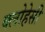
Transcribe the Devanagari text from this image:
क्लोहेसी